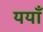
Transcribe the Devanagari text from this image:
ययाँ